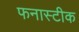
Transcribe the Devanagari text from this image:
फनास्टीक